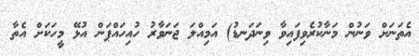
އެތަނަށް ވަނުން މަނާކުރެވިފައިވާ ވިނަދަނޑު) އަމިއްލަ ޖަނަވާރު ހުއިހައްޕަން އުޅޭ މީހަކަށް އެތާ